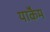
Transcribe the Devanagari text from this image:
याॅकैम